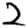
Digit: 2